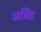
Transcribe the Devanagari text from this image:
अर्चिंड